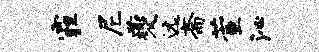
霾尼夔远斋萱沁